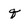
Character: q